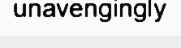
unavengingly